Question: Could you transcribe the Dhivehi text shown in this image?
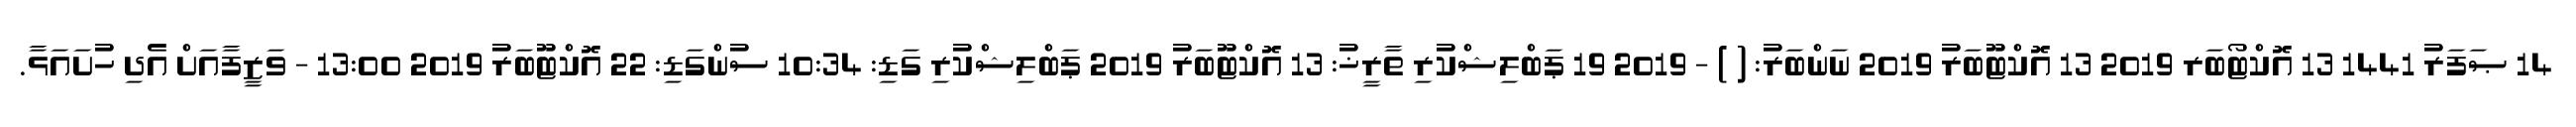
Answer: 14 ޞަފަރު 1441 13 އޮކްޓޯބަރ 2019 13 އޮކްޓޫބަރު 2019 ނަންބަރު: ( ) - 2019 19 ޕަބްލިޝްކުރި ތާރީޚު: 13 އޮކްޓޫބަރު 2019 ޕަބްލިޝްކުރި ގަޑި: 10:34 ސުންގަޑި: 22 އޮކްޓޫބަރު 2019 13:00 - ވަޒީފާއަށް އެދި ހުށައަޅާ.